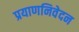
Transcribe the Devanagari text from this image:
प्रयाणनिवेदन